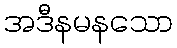
အဒီနမနသော